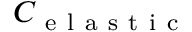
C _ { \mathrm { ~ e ~ l ~ a ~ s ~ t ~ i ~ c ~ } }